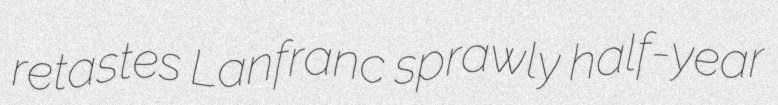
retastes Lanfranc sprawly half-year